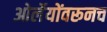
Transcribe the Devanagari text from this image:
ओर्लेयोंवरूनच